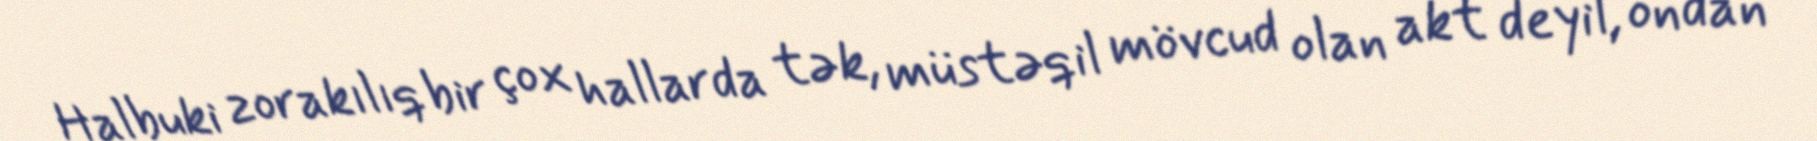
Halbuki zorakılıq bir çox hallarda tək, müstəqil mövcud olan akt deyil, ondan